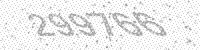
Solution: 299766